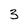
Character: 3